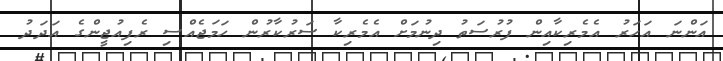
އަންނަ އަހަރު އެމެރިކާއިން ފުރުސަތު ދިނުމަށް އެމެރިކާ ސަރުކާރުން ހަމަޖެއްސި ރެފިއުޖީންގެ އަދަދު